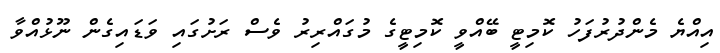
އިއްޔެ މެންދުރުފަހު ކޮމިޓީ ބޭއްވީ ކޮމިޓީގެ މުގައްރިރު ވެސް ރަށުގައި ވަޑައިގެން ނޫޅުއްވާ